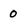
Character: 0